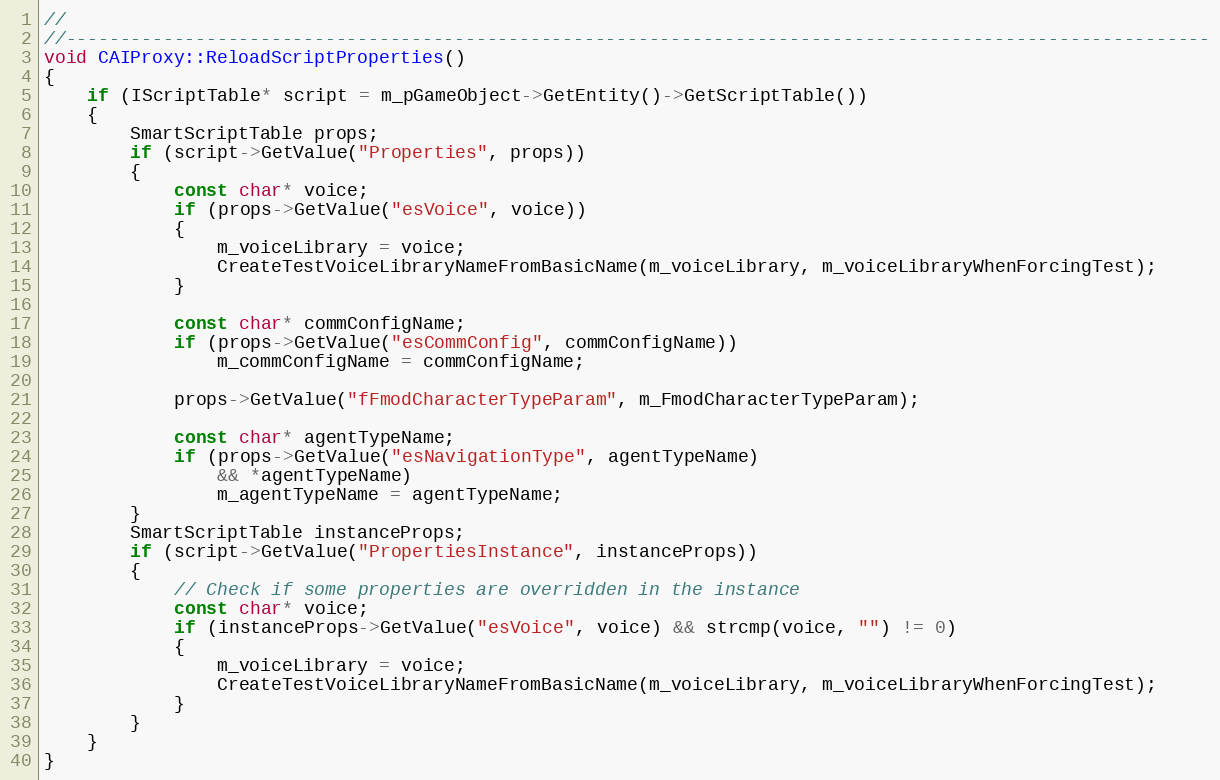
Language: C++
//
//----------------------------------------------------------------------------------------------------------
void CAIProxy::ReloadScriptProperties()
{
	if (IScriptTable* script = m_pGameObject->GetEntity()->GetScriptTable())
	{
		SmartScriptTable props;
		if (script->GetValue("Properties", props))
		{
			const char* voice;
			if (props->GetValue("esVoice", voice))
			{
				m_voiceLibrary = voice;
				CreateTestVoiceLibraryNameFromBasicName(m_voiceLibrary, m_voiceLibraryWhenForcingTest);
			}

			const char* commConfigName;
			if (props->GetValue("esCommConfig", commConfigName))
				m_commConfigName = commConfigName;

			props->GetValue("fFmodCharacterTypeParam", m_FmodCharacterTypeParam);

			const char* agentTypeName;
			if (props->GetValue("esNavigationType", agentTypeName)
			    && *agentTypeName)
				m_agentTypeName = agentTypeName;
		}
		SmartScriptTable instanceProps;
		if (script->GetValue("PropertiesInstance", instanceProps))
		{
			// Check if some properties are overridden in the instance
			const char* voice;
			if (instanceProps->GetValue("esVoice", voice) && strcmp(voice, "") != 0)
			{
				m_voiceLibrary = voice;
				CreateTestVoiceLibraryNameFromBasicName(m_voiceLibrary, m_voiceLibraryWhenForcingTest);
			}
		}
	}
}